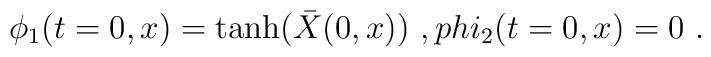
\phi_1 (t=0,x) = \tanh ({\bar X}(0,x)) \ , \ \\phi_2 (t=0,x) = 0 \ .